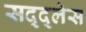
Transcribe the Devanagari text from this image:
सद्द्लेस